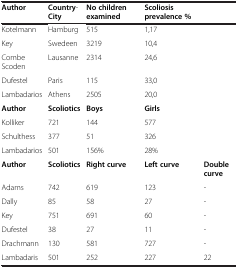
| Author | Country-City | No children examined | Scoliosis prevalence % |  |
 | --- | --- | --- | --- | --- |
 | Kotelmann | Hamburg | 515 | 1,17 |  |
 | Key | Swedeen | 3219 | 10,4 |  |
 | Combe Scoden | Lausanne | 2314 | 24,6 |  |
 | Dufestel | Paris | 115 | 33,0 |  |
 | Lambadarios | Athens | 2505 | 20,0 |  |
 | Author | Scoliotics | Boys | Girls |  |
 | Kolliker | 721 | 144 | 577 |  |
 | Schulthess | 377 | 51 | 326 |  |
 | Lambadarios | 501 | 156% | 28% |  |
 | Author | Scoliotics | Right curve | Left curve | Double curve |
 | Adams | 742 | 619 | 123 | - |
 | Dally | 85 | 58 | 27 | - |
 | Key | 751 | 691 | 60 | - |
 | Dufestel | 38 | 27 | 11 | - |
 | Drachmann | 130 | 581 | 727 | - |
 | Lambadaris | 501 | 252 | 227 | 22 |